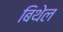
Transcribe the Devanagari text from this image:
बिथेल